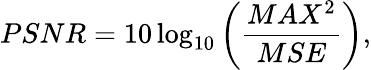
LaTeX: PSNR=10\log_{10}\left(\frac{MAX^{2}}{MSE}\right),